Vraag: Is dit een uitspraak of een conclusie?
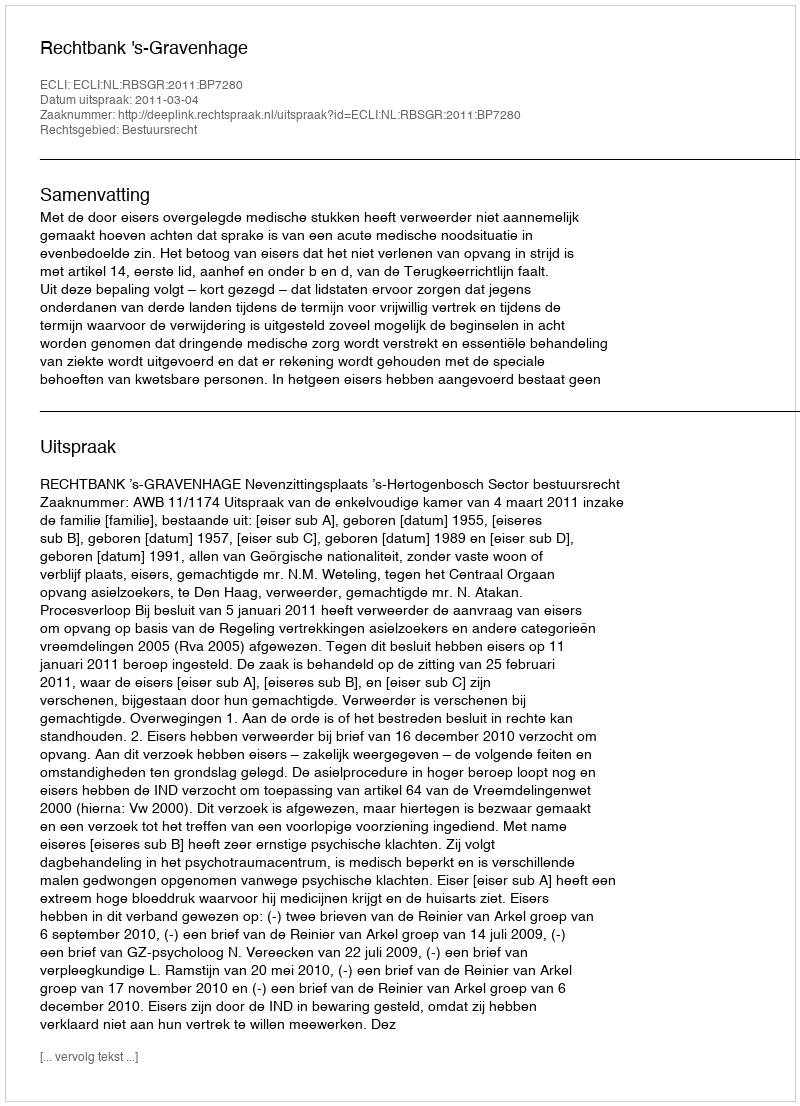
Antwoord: Uitspraak